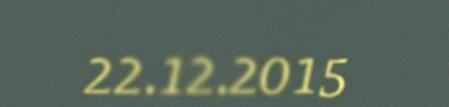
22.12.2015